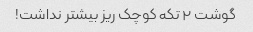
گوشت ۲ تکه کوچک ریز بیشتر نداشت!